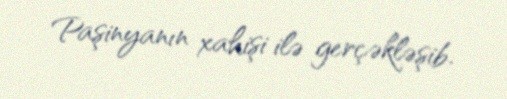
Paşinyanın xahişi ilə gerçəkləşib.